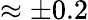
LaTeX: \approx\pm 0.2